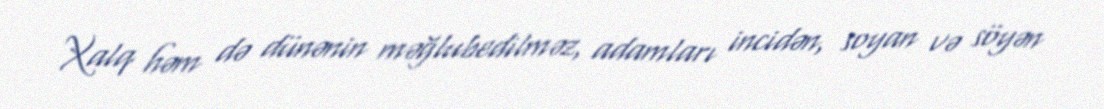
Xalq həm də dünənin məğlubedilməz, adamları incidən, soyan və söyən